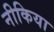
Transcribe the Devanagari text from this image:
नीकिया